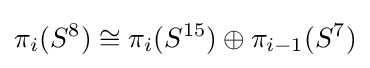
\pi _{i}(S^{8})\cong \pi _{i}(S^{15})\oplus \pi _{i-1}(S^{7})